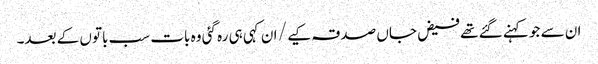
ان سے جو کہنے گئے تھے فیض جاں صدقہ کیے / ان کہی ہی رہ گئی وہ بات سب باتوں کے بعد۔